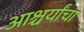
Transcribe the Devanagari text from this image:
आश्चर्यांचा